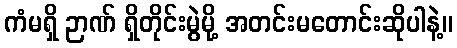
ကံမရှိ ဉာဏ် ရှိတိုင်းမွဲမို့ အတင်းမတောင်းဆိုပါနဲ့။